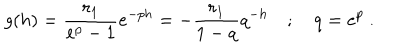
g ( h ) = \frac { r _ { 1 } } { e ^ { p } - 1 } e ^ { - p h } = - \frac { r _ { 1 } } { 1 - q } q ^ { - h } \quad ; \quad q = e ^ { p } ~ .